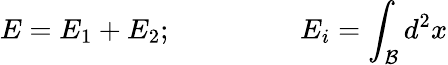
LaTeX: E=E_{1}+E_{2};\ \ \ \ \ \ \ \ \ \ \ \ \ \ \ \ \ \ E_{i}=\int_{\mathcal{B}}d^{2}x